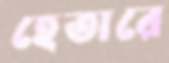
হেতারে